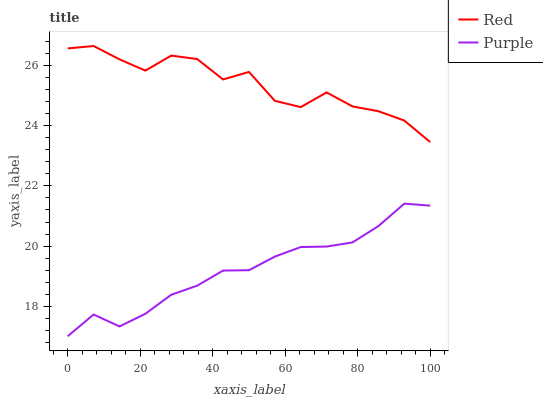
| xaxis_label | Red | Purple |
 | --- | --- | --- |
 | 0 | 26.6 | 17 |
 | 7.14 | 26.7 | 17.7 |
 | 14.3 | 26.2 | 17.3 |
 | 21.4 | 25.8 | 17.7 |
 | 28.6 | 26.3 | 18.4 |
 | 35.7 | 26.2 | 18.7 |
 | 42.9 | 25.5 | 19.2 |
 | 50 | 25.8 | 19.2 |
 | 57.1 | 24.8 | 19.6 |
 | 64.3 | 24.6 | 20 |
 | 71.4 | 25.1 | 20 |
 | 78.6 | 24.6 | 20.1 |
 | 85.7 | 24.5 | 20.7 |
 | 92.9 | 24.2 | 21.4 |
 | 100 | 23.5 | 21.3 |